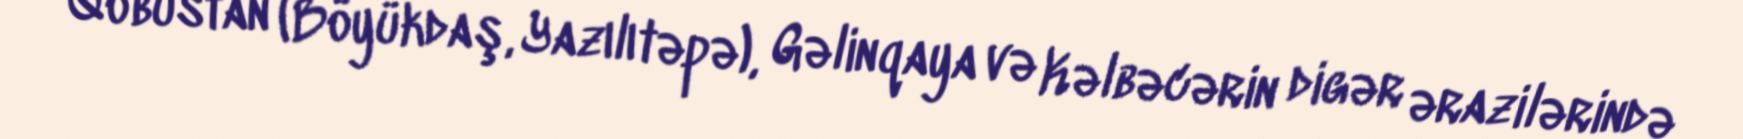
Qobustan (Böyükdaş, Yazılıtəpə), Gəlinqaya və Kəlbəcərin digər ərazilərində